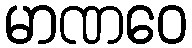
မာဏဝေ